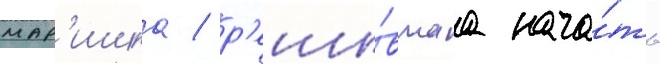
мар'ишка / р'еши́вшаа нача́ть